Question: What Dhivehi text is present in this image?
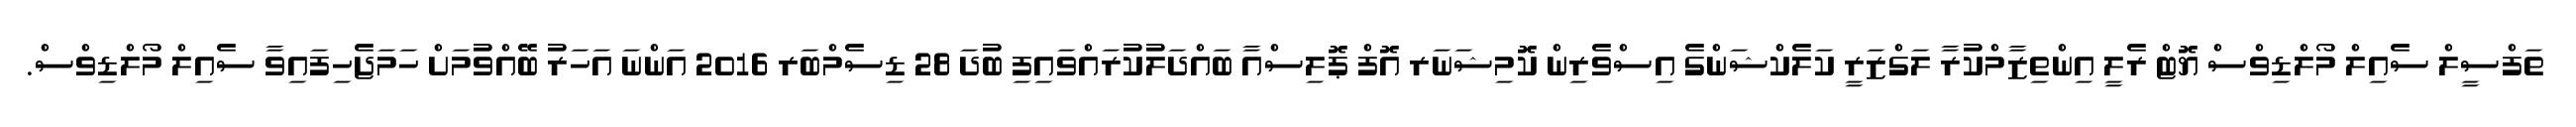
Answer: ތަފްސީލް ސެއިލް މޯލްޑިވްސް ޔޮޓް ރެލީ އިންތިޒާމްކުރާ ލަގްޒަރީ ކަލެކްޝަންގެ އިސްވެރިން ކޮމިޝަނަރ އޮފް ޕޮލިސްއާ ބައްދަލުކުރައްވައިފި ބުދަ 28 ޑިސެމްބަރ 2016 އަންނަ އަހަރު ބޭއްވުމަށް ހަމަޖެހިފައިވާ ސެއިލް މޯލްޑިވްސް.